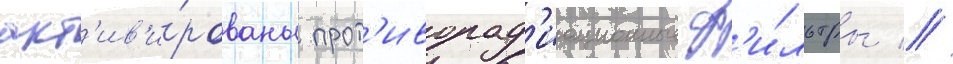
акт'ив'и́рованы прот'иворад'иационные ф'и́льтры //